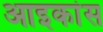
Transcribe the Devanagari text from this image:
आइकांस